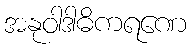
အနုဝါဒါဓိကရဏေ